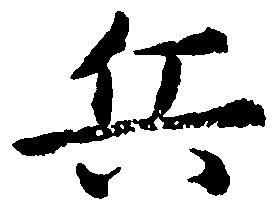
兵